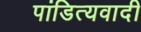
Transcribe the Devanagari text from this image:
पांडित्यवादी